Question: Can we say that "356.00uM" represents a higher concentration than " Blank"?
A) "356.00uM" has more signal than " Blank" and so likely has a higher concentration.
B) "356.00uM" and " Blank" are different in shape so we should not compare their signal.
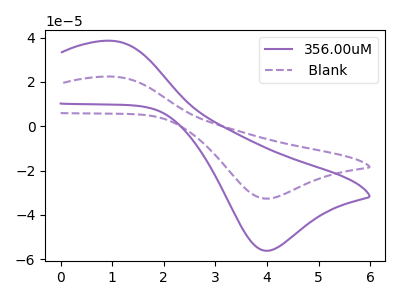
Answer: <think>The purple curve "356.00uM" has an anodic peak at (1.00V, 38.55uA) and a cathodic peak at (3.95V, -56.15uA). The purple dashed curve " Blank" has an anodic peak at (1.00V, 22.40uA) and a cathodic peak at (3.95V, -32.65uA).
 All the peaks in "356.00uM" have a peak in " Blank" at the same potential. Every peak in "356.00uM" is higher than every peak in " Blank".</think>
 <answer>A) "356.00uM" has more signal than " Blank" and so likely has a higher concentration.</answer>
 <eval>A</eval>